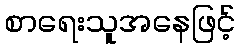
စာရေးသူအနေဖြင့်